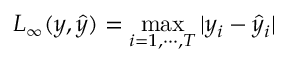
L _ { \infty } ( y , \hat { y } ) = \operatorname* { m a x } _ { i = 1 , \cdots , T } | y _ { i } - \hat { y } _ { i } |